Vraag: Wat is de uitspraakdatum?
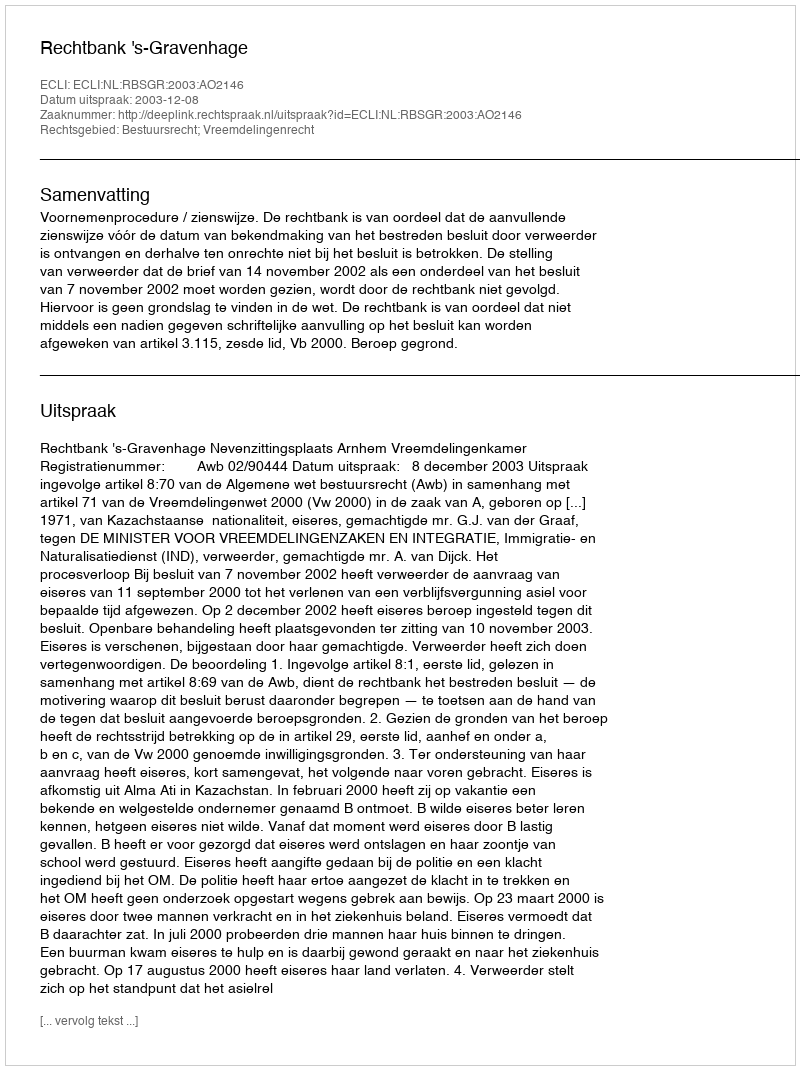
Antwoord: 2003-12-08